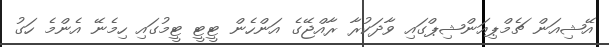
އޭޝިއަން ޗެމްޕިއަންޝިޕްގައި ވާދަކުރާ ރާއްޖޭގެ އަންހެން ޓީޓީ ޓީމުގައި ހިމެނޭ އެންމެ ހަގު